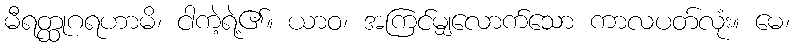
မီရတ္ထုဂရဟာမိ၊ ငါကဲ့ရဲ့၏။ ယာဝ၊ အကြင်မျှလောက်သော ကာလပတ်လုံး။ မေ၊